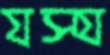
যস্য